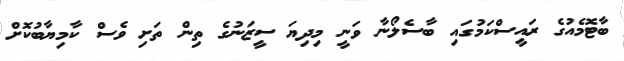
ބާޓޮމެއުގެ ރައީސްކަމުގައި ބާސެލޯނާ ވަނީ މިދިޔަ ސީޒަނުގެ ތިން ތަށި ވެސް ކާމިޔާބުކޮށް